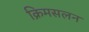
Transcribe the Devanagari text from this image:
क्रिमसलन